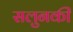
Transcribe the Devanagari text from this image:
सलुनकी